Indian journal of veterinary science and animal husbandry - Volume 6,
Year: 1936
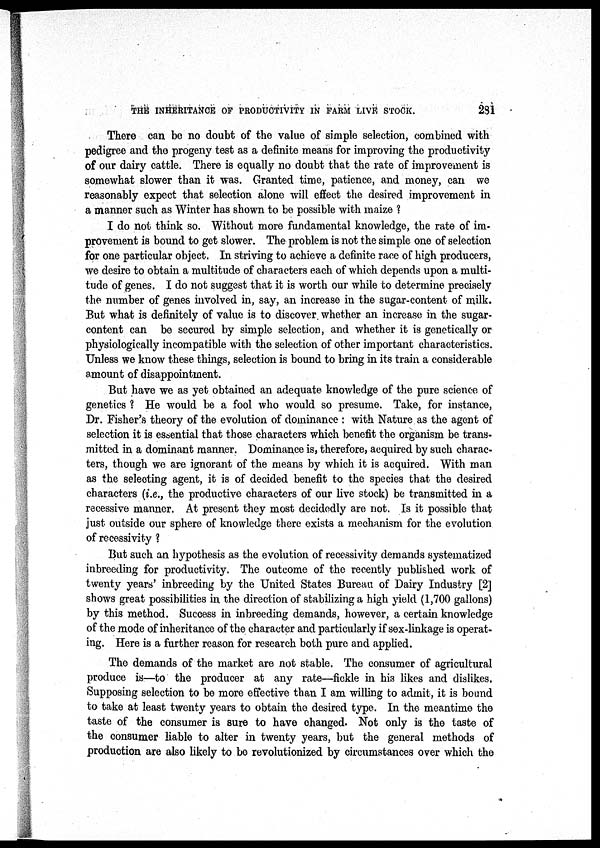
THE INHERITANCE OF PRODUCTIVITY IN FARM LIVE STOCK.
281
There can be no doubt of the value of simple selection, combined with
pedigree and the progeny test as a definite means for improving the productivity
of our dairy cattle. There is equally no doubt that the rate of improvement is
somewhat slower than it was. Granted time, patience, and money, can we
reasonably expect that selection alone will effect the desired improvement in
a manner such as Winter has shown to be possible with maize ?
I do not think so. Without more fundamental knowledge, the rate of im-
provement is bound to get slower. The problem is not the simple one of selection
for one particular object. In striving to achieve a definite race of high producers,
we desire to obtain a multitude of characters each of which depends upon a multi-
tude of genes. I do not suggest that it is worth our while to determine precisely
the number of genes involved in, say, an increase in the sugar-content of milk.
But what is definitely of value is to discover whether an increase in the sugar-
content can be secured by simple selection, and whether it is genetically or
physiologically incompatible with the selection of other important characteristics.
Unless we know these things, selection is bound to bring in its train a considerable
amount of disappointment.
But have we as yet obtained an adequate knowledge of the pure science of
genetics ? He would be a fool who would so presume. Take, for instance,
Dr. Fisher's theory of the evolution of dominance : with Nature as the agent of
selection it is essential that those characters which benefit the organism be trans-
mitted in a dominant manner. Dominance is, therefore, acquired by such charac¬
ters, though we are ignorant of the means by which it is acquired. With man
as the selecting agent, it is of decided benefit to the species that the desired
characters (i.e., the productive characters of our live stock) be transmitted in a
recessive manner. At present they most decidedly are not. Is it possible that
just outside our sphere of knowledge there exists a mechanism for the evolution
of recessivity ?
But such an hypothesis as the evolution of recessivity demands systematized
inbreeding for productivity. The outcome of the recently published work of
twenty years' inbreeding by the United States Bureau of Dairy Industry [2]
shows great possibilities in the direction of stabilizing a high yield (1,700 gallons)
by this method. Success in inbreeding demands, however, a certain knowledge
of the mode of inheritance of the character and particularly if sex-linkage is operat-
ing. Here is a further reason for research both pure and applied.
The demands of the market are not stable. The consumer of agricultural
produce is—to the producer at any rate—fickle in his likes and dislikes.
Supposing selection to be more effective than I am willing to admit, it is bound
to take at least twenty years to obtain the desired type. In the meantime the
taste of the consumer is sure to have changed. Not only is the taste of
the consumer liable to alter in twenty years, but the general methods of
production are also likely to be revolutionized by circumstances over which the